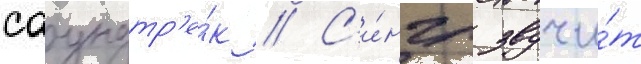
саундтр'е́к // С'и́нгл звучи́т